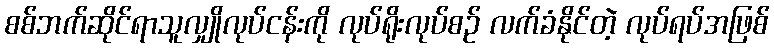
စစ်ဘက်ဆိုင်ရာသူလျှိုလုပ်ငန်းကို လုပ်ရိုးလုပ်စဉ် လက်ခံနိုင်တဲ့ လုပ်ရပ်အဖြစ်